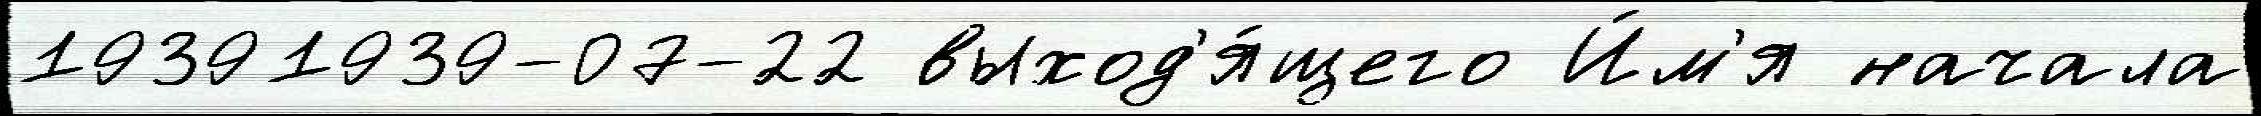
19391939-07-22 выход'я́щего И́м'я начала